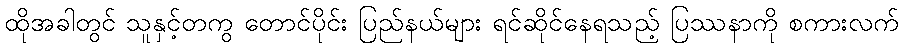
ထိုအခါတွင် သူနှင့်တကွ တောင်ပိုင်း ပြည်နယ်များ ရင်ဆိုင်နေရသည့် ပြဿနာကို စကားလက်